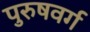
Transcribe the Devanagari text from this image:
पुरुषवर्ग